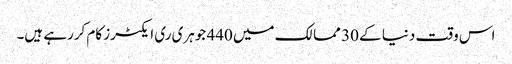
اس وقت دنیا کے 30 ممالک میں 440 جوہری ری ایکٹرز کام کررہے ہیں۔